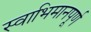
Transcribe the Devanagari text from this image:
स्वाभिमानपूर्ण